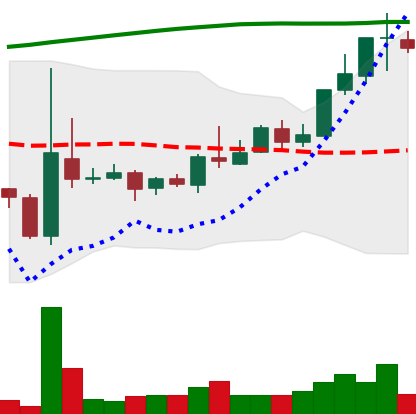
Ticker: TRX-USD
Chart end date: 2018-04-22
Forward return: 41.238%
Label: up_7plus